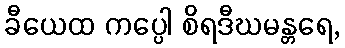
ခီယေထ ကပ္ပေါ စိရဒီဃမန္တရေ,